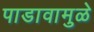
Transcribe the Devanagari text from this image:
पाडावामुळे